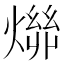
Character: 𬋄